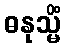
ဓနုသ္မိံ